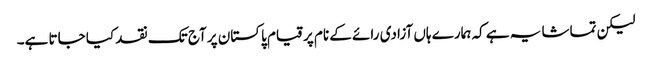
لیکن تماشا یہ ہے کہ ہمارے ہاں آزادی رائے کے نام پر قیام پاکستان پر آج تک نقد کیا جاتا ہے۔